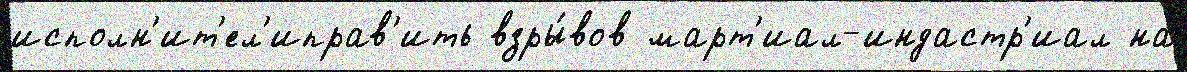
исполн'ит'ел'иправ'ить взры́вов март'иал-индастр'иал на